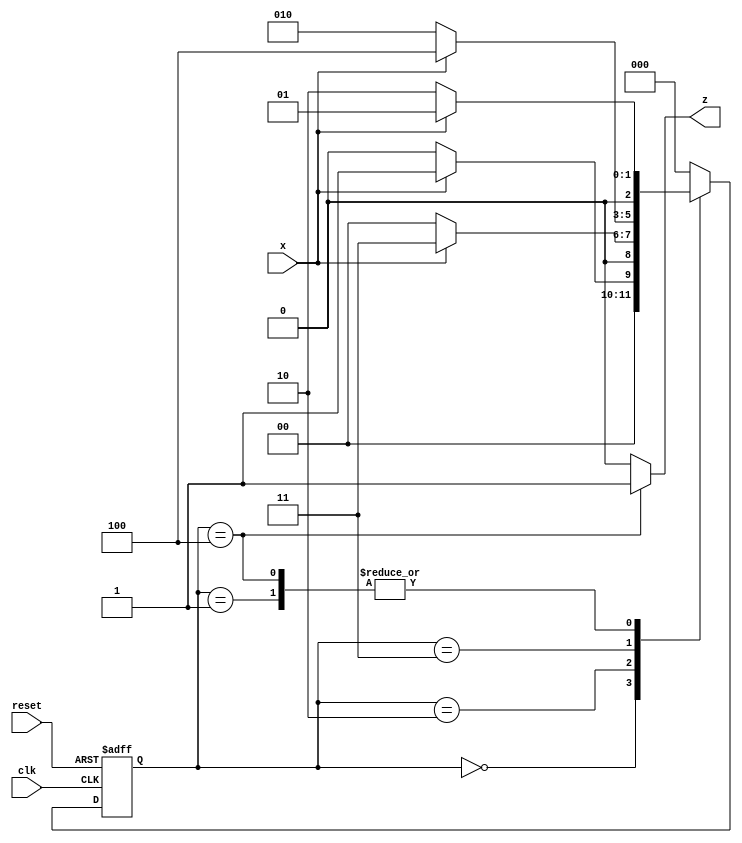
module seq_detector(
input x,clk,reset,
output reg z
);

parameter S0 = 0 , S1 = 1 , S2 = 2 , S3 = 3 , S4 = 4;
reg [2:0] PS,NS ;

always @(posedge clk or posedge reset)
    begin
        if(reset)
            PS <= S0;   
        else    
            PS <= NS ; 
    end
always @(PS, x)
begin          
case(PS)
            S0 : begin
                        NS = x ? S1 : S0 ;
                        $display(PS);
                    end
            S1 : begin 
                        NS = x ? S1 : S2 ;
                        $display(PS);
                    end
            S2 : begin 
                        NS = x ? S3 : S0 ;
                        $display(PS);
                    end 
            S3 : begin 
                        NS = x ? S4 : S2 ;
                        $display(PS);
                    end
            S4 : begin 
                        NS = x ? S1 : S2 ;
                        $display(PS);
                    end
            default: NS = S0; 
        endcase
    end
always @(PS)
begin
  case(PS)
    S4: z = 1;
    default: z = 0;
  endcase 
end 
endmodule